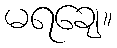
မရချေ။